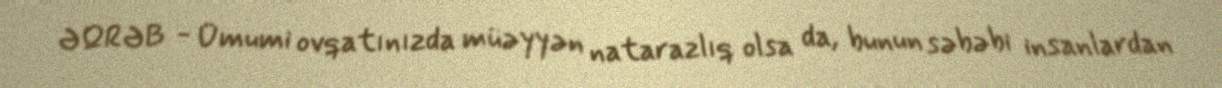
ƏQRƏB - Ümumi ovqatınızda müəyyən natarazlıq olsa da, bunun səbəbi insanlardan